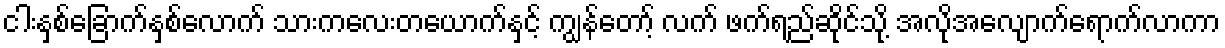
ငါးနှစ်ခြောက်နှစ်လောက် သားကလေးတယောက်နှင့် ကျွန်တော့် လက် ဖက်ရည်ဆိုင်သို့ အလိုအလျောက်ရောက်လာကာ